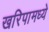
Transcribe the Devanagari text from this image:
खरिपामध्ये